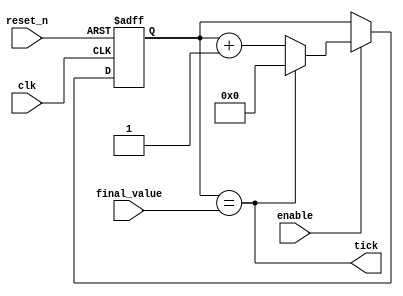
`timescale 1ns / 1ps
//////////////////////////////////////////////////////////////////////////////////
// Company: 
// Engineer: 
// 
// Design Name: 
// Module Name: timer
// Project Name: 
// Target Devices: 
// Tool Versions: 
// Description: 
// 
// Dependencies: 
// 
// Revision:
// Revision 0.01 - File Created
// Additional Comments:
// 
//////////////////////////////////////////////////////////////////////////////////


module timer
    #(parameter bits = 8)(
    input enable,
    input reset_n,
    input clk,
    input final_value,
    output tick
    );
    //localparam bits = $clog2(final_value);
    reg [bits-1:0]Q_next,Q_reg;
    wire done;
    always@(posedge clk, negedge reset_n)
    begin
        if(!reset_n)
            Q_reg <= 'b0;
        else if(enable)
            Q_reg <= Q_next;
        else
            Q_reg <= Q_reg;
    end
    always @(Q_reg,done)
    begin
        if(!done)
            Q_next = Q_reg + 1;
        else
            Q_next = 'b0;
    end
    assign done = ( Q_reg == final_value); 
    assign tick = done;
endmodule